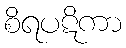
စိရပဋိကာ